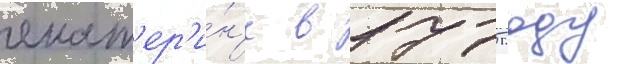
екат'ер'и́н'е в 1775 году